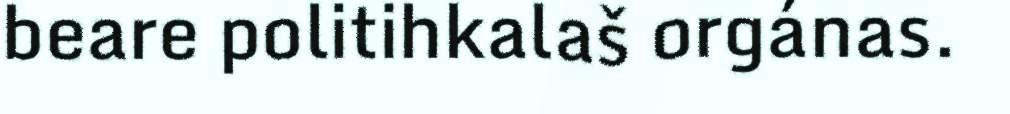
beare politihkalaš orgánas.